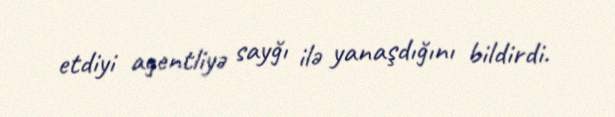
etdiyi agentliyə sayğı ilə yanaşdığını bildirdi.